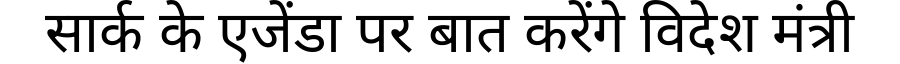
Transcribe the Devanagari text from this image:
सार्क के एजेंडा पर बात करेंगे विदेश मंत्री